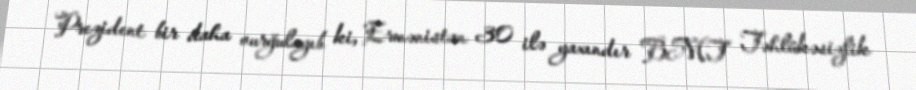
Prezident bir daha vurğulayıb ki, Ermənistan 30 ilə yaxındır BMT Təhlükəsizlik